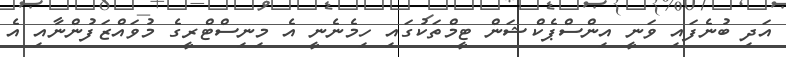
އަދި ބުނެފައި ވަނީ އިންސްޕެކްޝަން ޓީމްތަކުގައި ހިމެނެނީ އެ މިނިސްޓްރީގެ މުވައްޒަފުންނާއި އެ